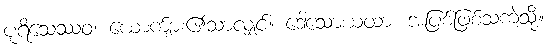
ပုရိသေဿဝ၊ ယောက်ျား၏သာလျှင်။ ဒေါသောယထာ၊ အပြစ်ဖြစ်သကဲ့သို့။